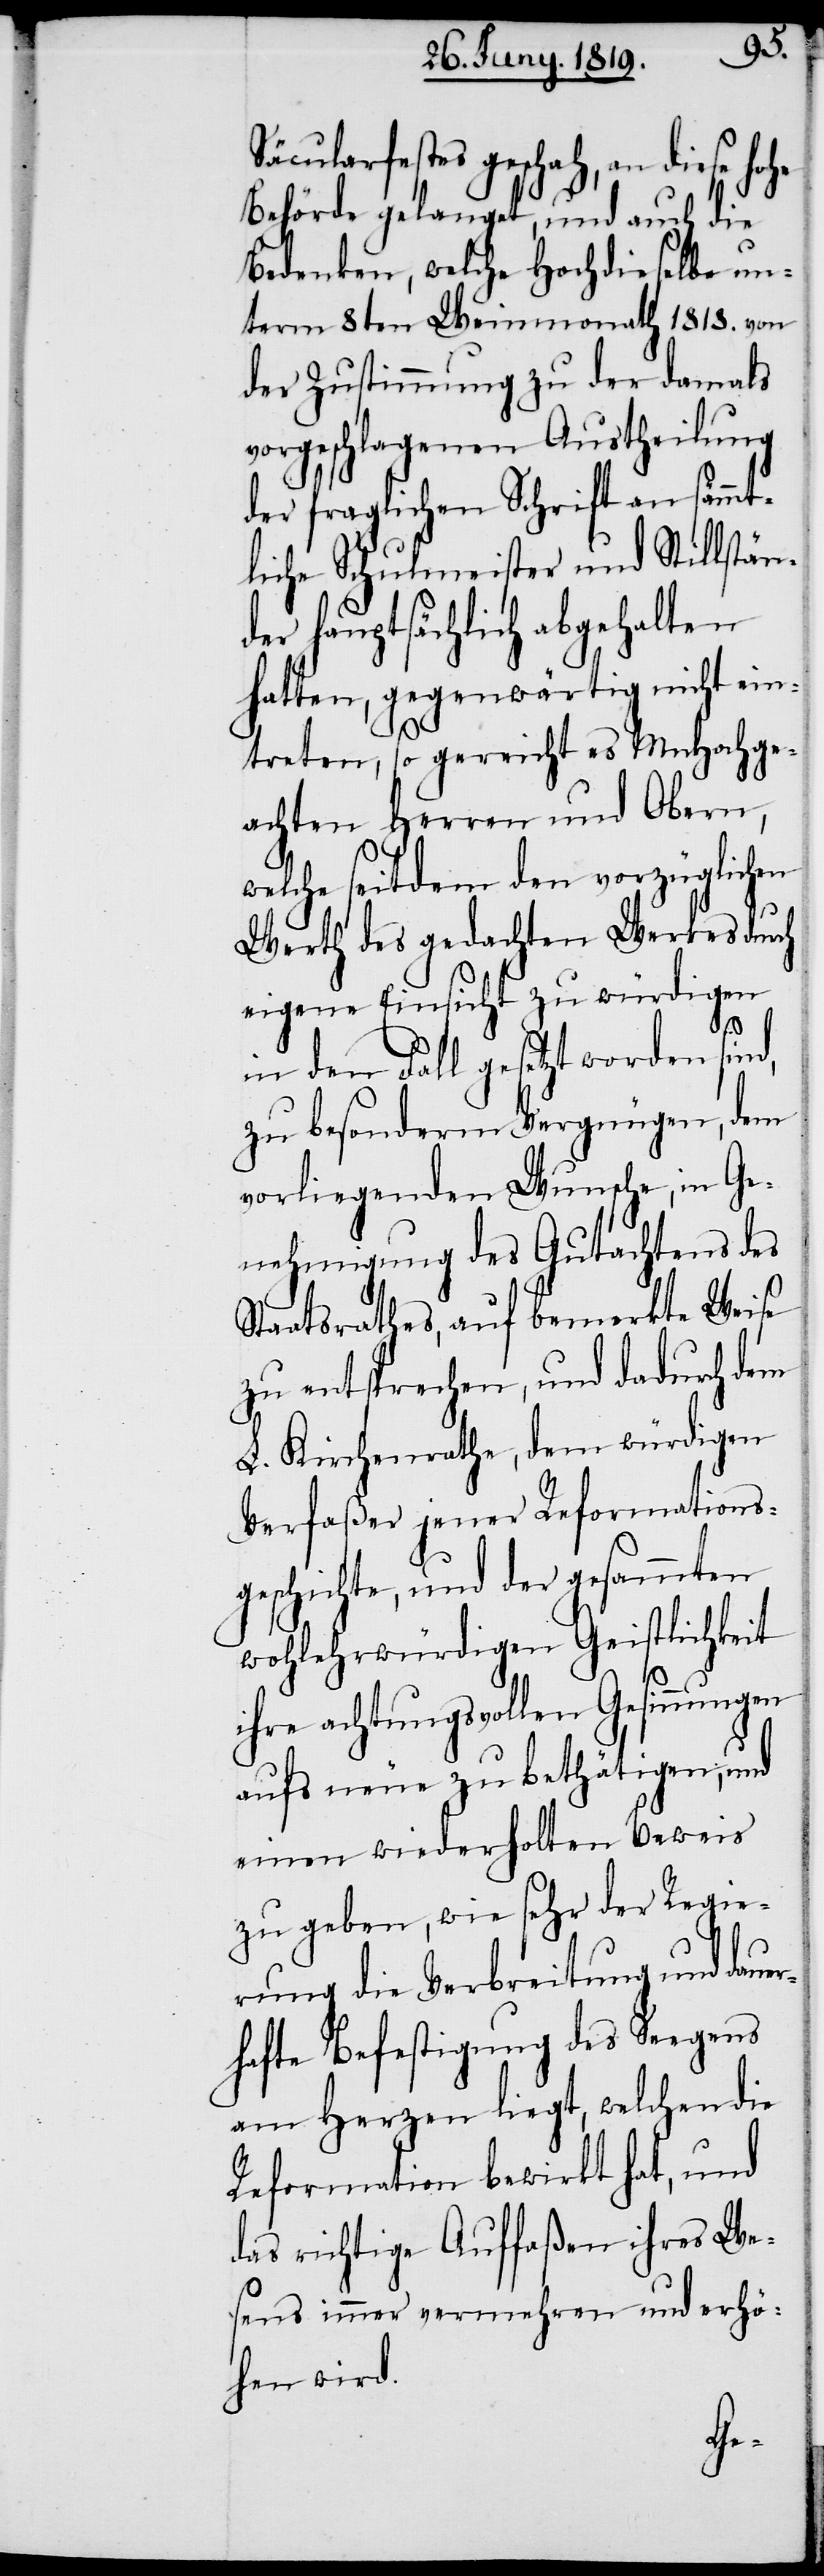
Säcularfestes geschah, an diese hohe
Behörde gelanget, und auch die
Bedenken, welche Hochdieselbe un¬
term 8ten Weinmonath 1813.
der Zustimmung zu der damals
vorgeschlagenen Austheilung
der fraglichen Schrift an sämmt¬
tens
liche Schulmeister und
hauptsächlich abge¬
icht
hatten, gegenwärtig
Hochge¬
treten, so gereicht es
achten Herren und Obern,
welche seitdem den vorzüglichen
Werth des gedachten Werkes durch
eigene Einsicht zu würdigen
nd,
in den Fall gesetzt worden si¬
zu besonderm Vergnügen, dem
vorliegenden Wunsche, in Ge¬
nehmigung des Gutach¬
r¬
Staatsrathes, auf beme¬
rkte
zu entsprechen, und dadurch
dem
L. Kirchenrathe, dem
Verfaßer jener Reformations¬
geschichte, und der gesammten
wohlehrwürdigen Geistlichkeit
ihre achtungsvollen Gesinnungen
aufs neue zu bethätigen, und
einen wiederholten Beweis
zu geben, wie sehr der Regie¬
rung die Verbreitung und daue¬
hafte Befestigung des Seegens
am Herzen liegt, welchen die
Reformation bewirkt hat, und
das richtige Auffaßen ihres We¬
sens immer vermehren und erhö¬
hen wird.